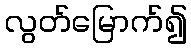
လွတ်မြောက်၍